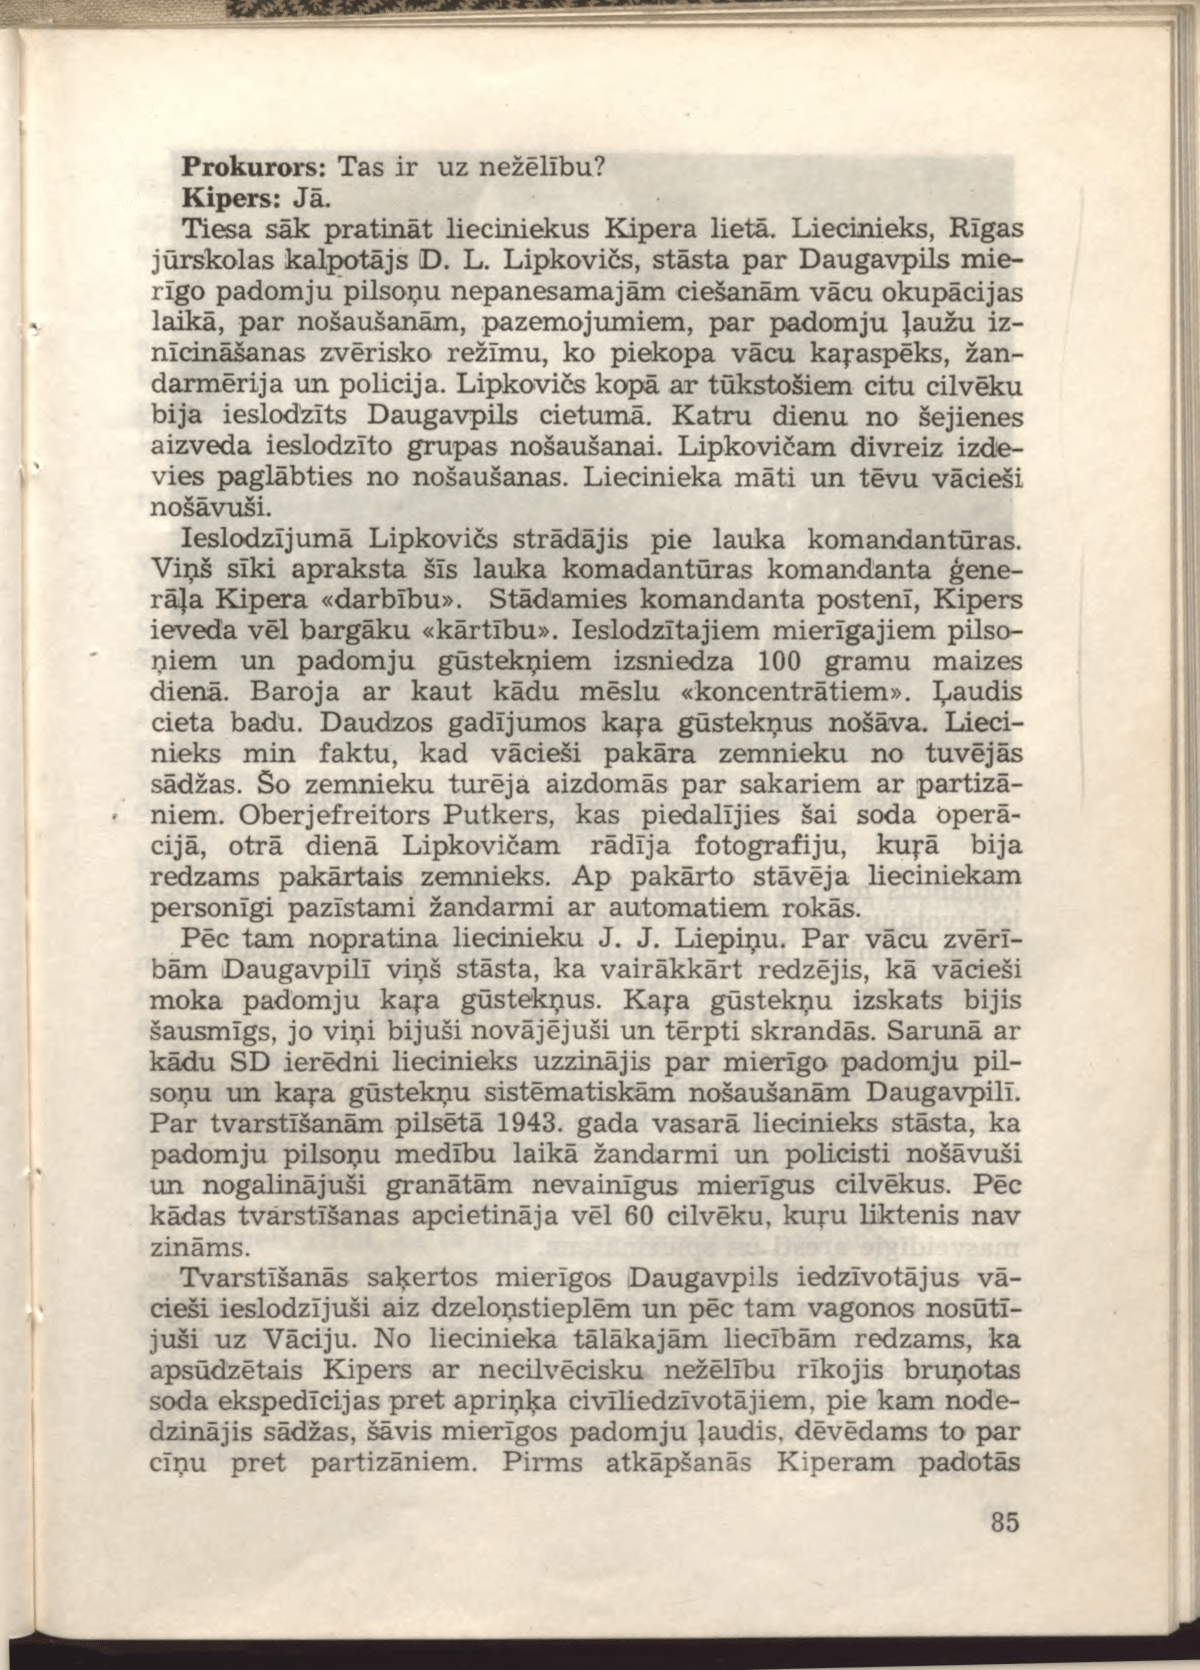
Language: lv